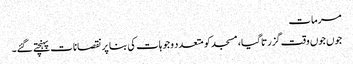
مرمات
جوں جوں وقت گزرتا گیا، مسجد کو متعدد وجوہات کی بنا پر نقصانات پہنچتے گئے۔